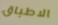
الاطباق